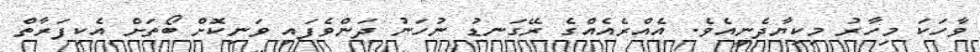
ވާހަކަ މިހާރު މިކިޔާދެނީއެވެ. އެއްރެއެއްގެ ރޭގަނޑު ނުހަނު ދަންވެފައި ވަނިކޮށް ބޯތަށް އެކިފަރާތް